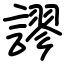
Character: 謬